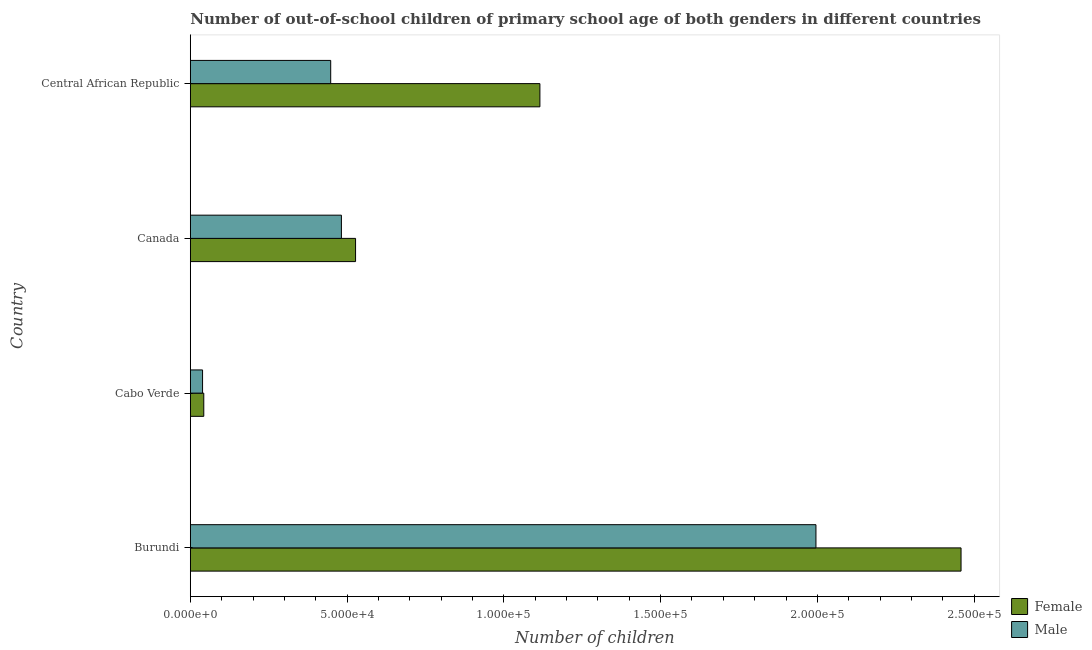
| Country | Female | Male |
 | --- | --- | --- |
 | Burundi | 2.46e+05 | 2e+05 |
 | Cabo Verde | 4.3e+03 | 3.91e+03 |
 | Canada | 5.27e+04 | 4.82e+04 |
 | Central African Republic | 1.12e+05 | 4.48e+04 |